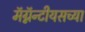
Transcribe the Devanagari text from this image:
मॅग्नॅन्टीयसच्या